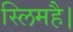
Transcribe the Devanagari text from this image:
स्लिमहै।